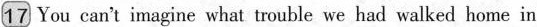
17 You can't imagine what trouble we had walked home in